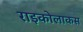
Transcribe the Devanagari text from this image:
राइकोलाकस